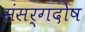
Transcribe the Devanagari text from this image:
संसर्गदोष